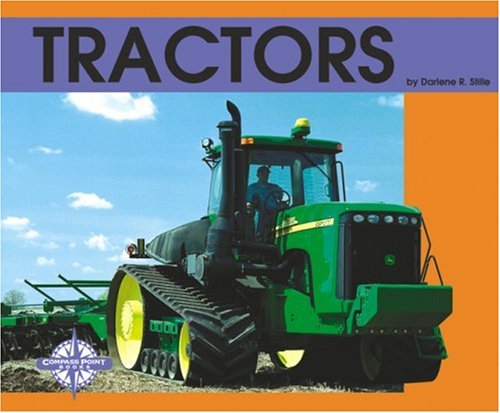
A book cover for Tractors (Transportation (Capstone)); Darlene R. Stille; Children's Books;